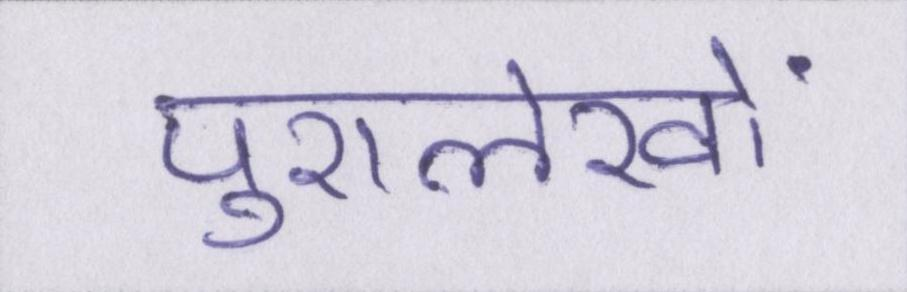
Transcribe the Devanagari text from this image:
पुरालेखों